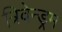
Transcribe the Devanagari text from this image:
त्रिवेन्ड्रम